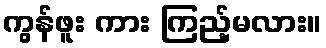
ကွန်ဖူး ကား ကြည့်မလား။